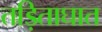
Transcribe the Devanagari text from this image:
तड़िताघात